Trukikaitis_Postimees, lk 157
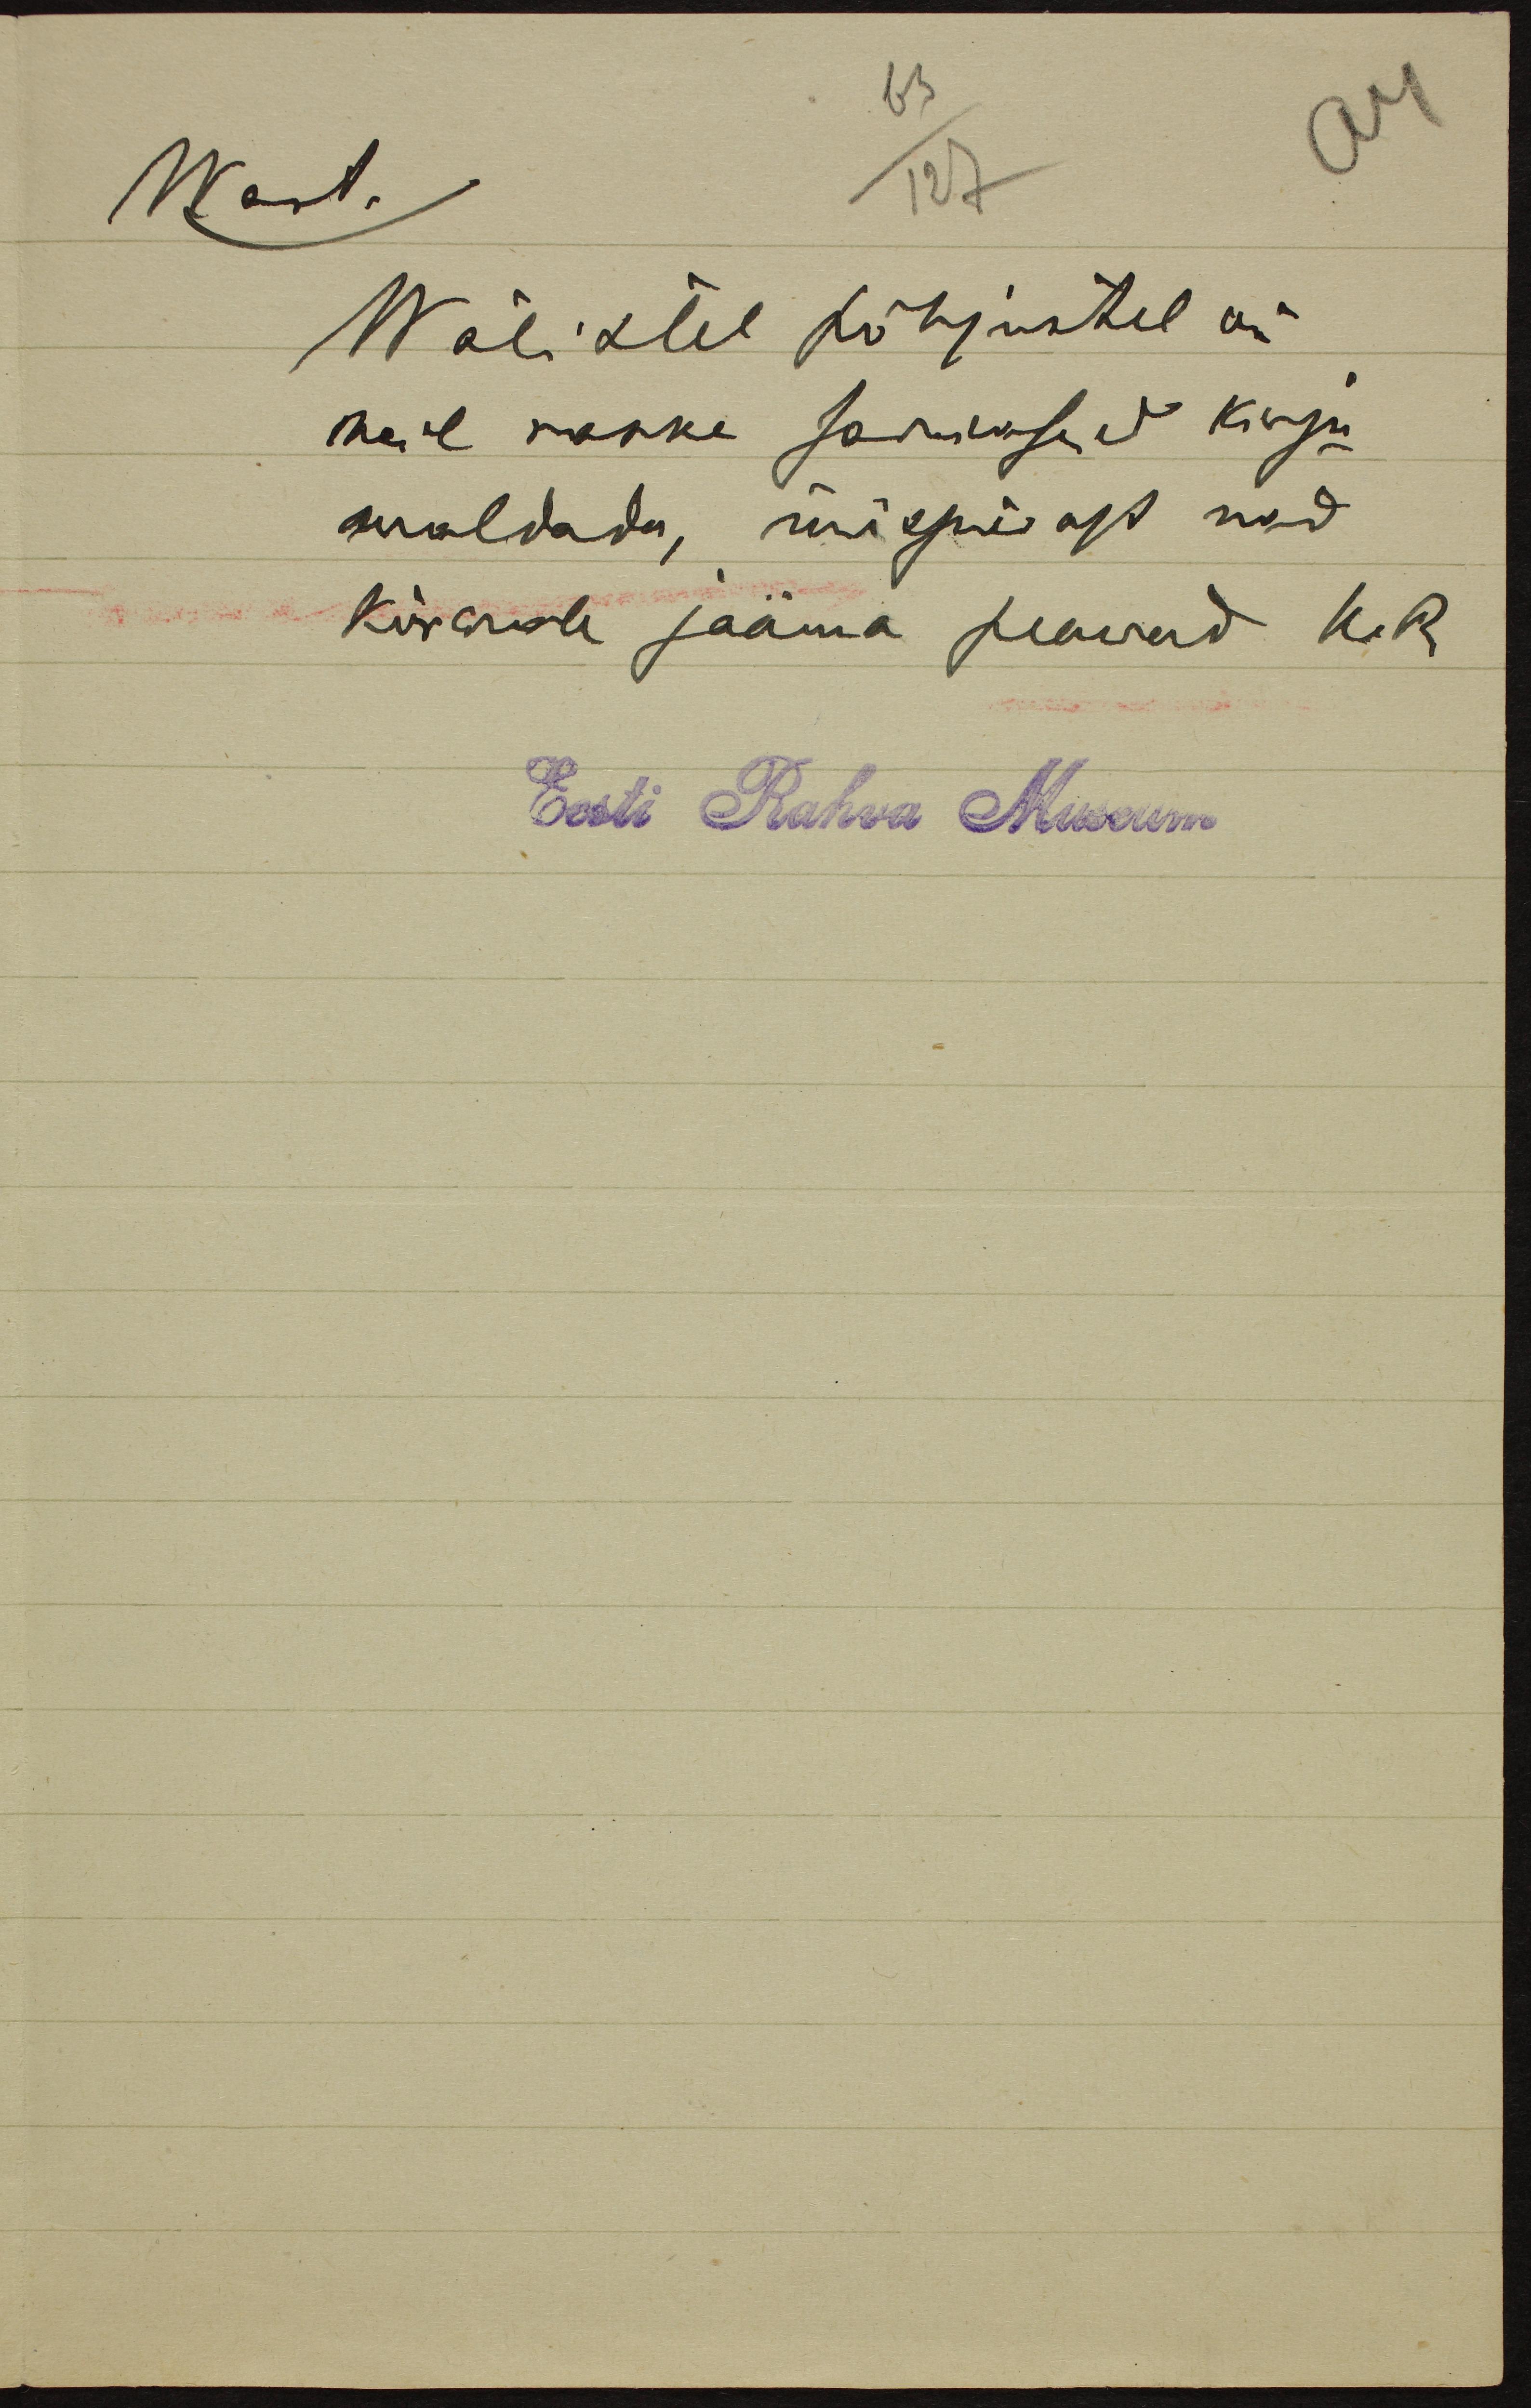
Wast.
Wälistel põhjustel on
meil raske sarnaseid kirju
waldada, mispärast nad
kõrwale jääma peawad K. R.
Eest Rahva Museum